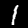
Digit: 1